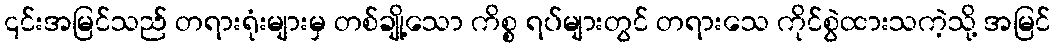
၎င်းအမြင်သည် တရားရုံးများမှ တစ်ချို့သော ကိစ္စ ရပ်များတွင် တရားသေ ကိုင်စွဲထားသကဲ့သို့ အမြင်